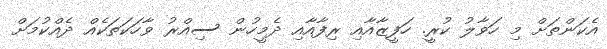
އެކަންތަށް މި ހަވާލު ކުރީ. ހަފީޒާއާއި ރިފާއާއި ދެމީހުން ސިއްރު ވާހަކަތަކެއް ދެއްކުމަށް